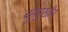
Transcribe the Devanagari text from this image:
बहुमुखीय